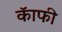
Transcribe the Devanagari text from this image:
कॅाफी